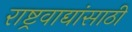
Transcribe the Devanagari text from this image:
राष्ट्रवाद्यांसाठी